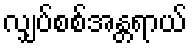
လျှပ်စစ်အန္တရာယ်